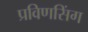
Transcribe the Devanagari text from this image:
प्रविणसिंग